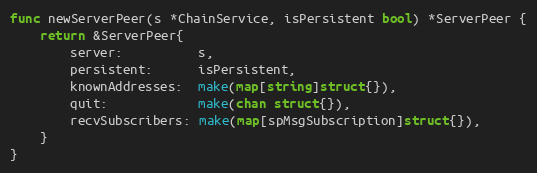
Language: Go
func newServerPeer(s *ChainService, isPersistent bool) *ServerPeer {
	return &ServerPeer{
		server:          s,
		persistent:      isPersistent,
		knownAddresses:  make(map[string]struct{}),
		quit:            make(chan struct{}),
		recvSubscribers: make(map[spMsgSubscription]struct{}),
	}
}